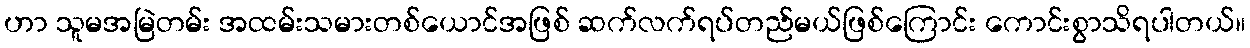
ဟာ သူမအမြဲတမ်း အထမ်းသမားတစ်ယောင်အဖြစ် ဆက်လက်ရပ်တည်မယ်ဖြစ်ကြောင်း ကောင်းစွာသိရပါတယ်။